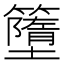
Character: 𥶴